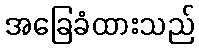
အခြေခံထားသည်